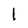
Character: l